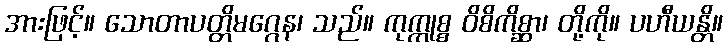
အားဖြင့်။ သောတာပတ္တိမဂ္ဂေန၊ သည်။ ကုက္ကုစ္စ ဝိစိကိစ္ဆာ၊ တို့ကို။ ပဟီယန္တိ။